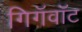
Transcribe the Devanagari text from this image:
गिगॅवॉट